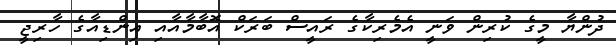
ދުންޔާ މީގެ ކުރިން ވަނީ އެމެރިކާގެ ރައީސް ބަރަކް އޮބާމާއާއި އިންޑިއާގެ ހާރިޖީ